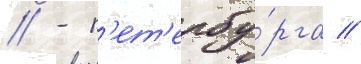
// - п'ет'ербу́рга //